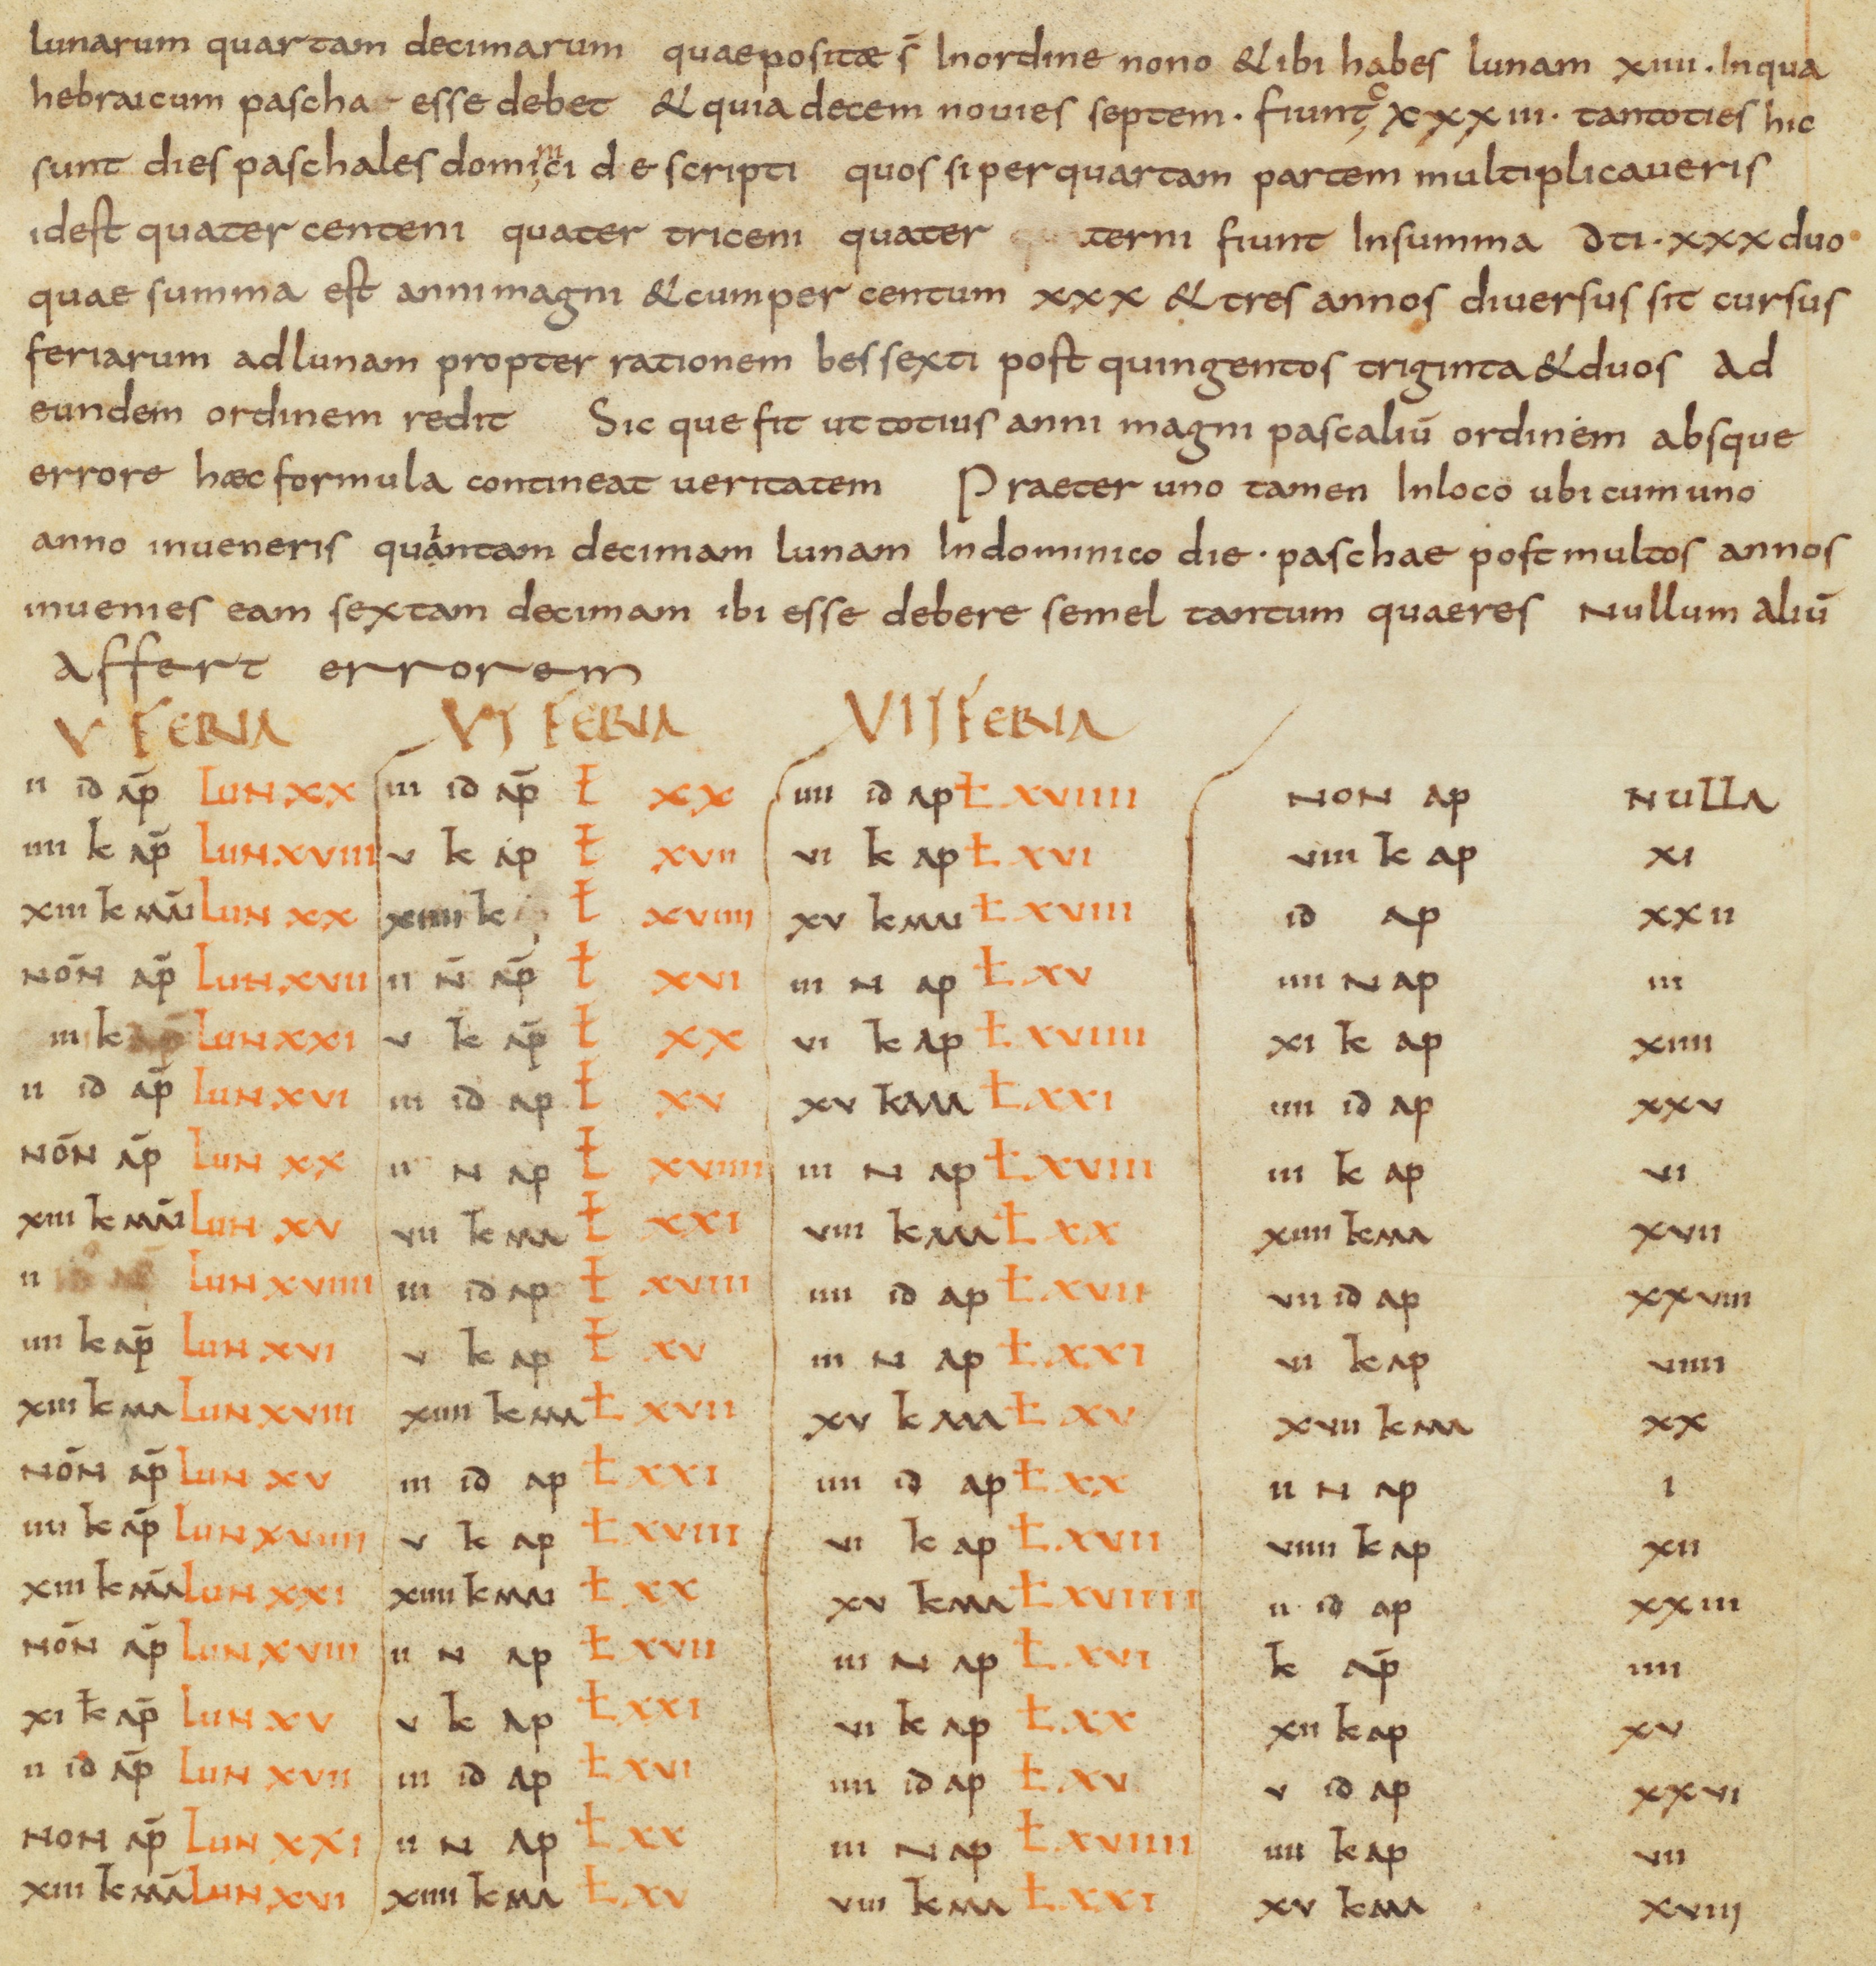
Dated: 821–851